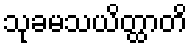
သုခမသယိတ္ထာတိ